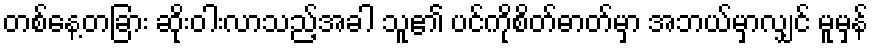
တစ်နေ့တခြား ဆိုးဝါးလာသည့်အခါ သူ၏ ပင်ကိုစိတ်ဓာတ်မှာ အဘယ်မှာလျှင် မူမှန်